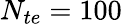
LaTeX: N_{te}=100